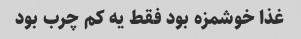
غذا خوشمزه بود فقط یه کم چرب بود